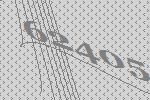
62405